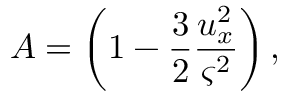
A = \left( 1 - \frac { 3 } { 2 } \frac { u _ { x } ^ { 2 } } { \varsigma ^ { 2 } } \right) ,